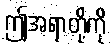
ဤအရာတို့ကို